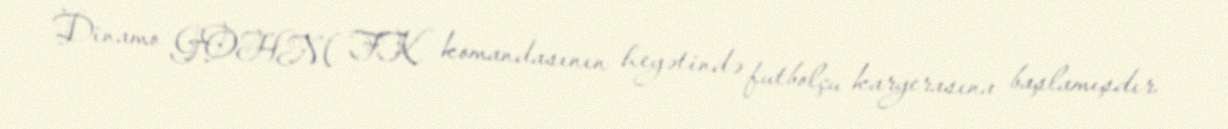
Dinamo GOHM FK komandasının heyətində futbolçu karyerasına başlamışdır.